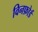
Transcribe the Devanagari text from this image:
विनफ़ोर्ड